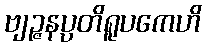
ဗျဉ္ဇနပ္ပတိရူပကေဟိ